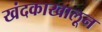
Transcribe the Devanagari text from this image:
खंदकाखालून